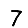
Digit: 7